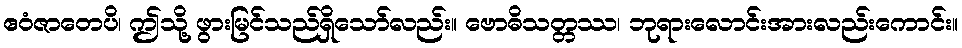
ဧဝံဇာတေပိ၊ ဤသို့ ဖွားမြင်သည်ရှိသော်လည်း။ ဗောဓိသတ္တဿ၊ ဘုရားလောင်းအားလည်းကောင်း။